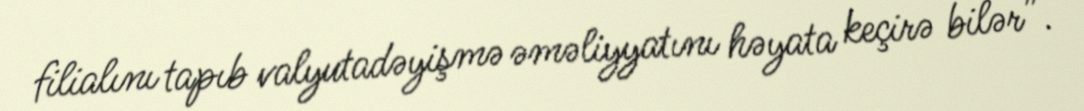
filialını tapıb valyutadəyişmə əməliyyatını həyata keçirə bilər”.